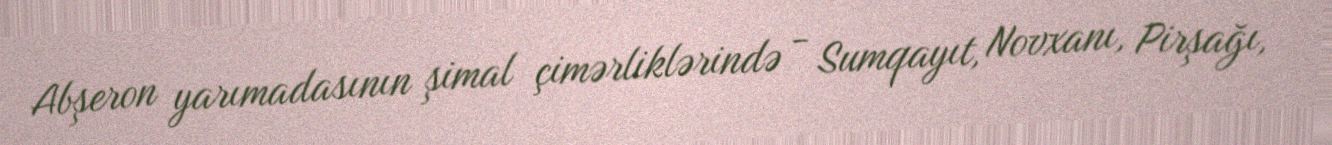
Abşeron yarımadasının şimal çimərliklərində - Sumqayıt, Novxanı, Pirşağı,